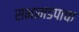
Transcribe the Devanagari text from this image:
सभामंडपाचा